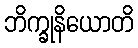
ဘိက္ခုနိယောတိ